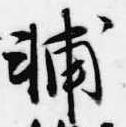
輔